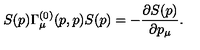
S ( p ) \Gamma _ { \mu } ^ { ( 0 ) } ( p , p ) S ( p ) = - \frac { \partial S ( p ) } { \partial p _ { \mu } } .